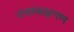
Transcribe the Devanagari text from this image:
उपाध्यक्षगण